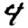
Digit: 4